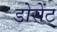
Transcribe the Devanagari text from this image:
डोसेंट